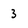
Character: 3